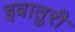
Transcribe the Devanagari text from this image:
इवातुरी